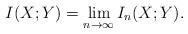
LaTeX: \begin{align*} I(X;Y) = \lim_{n\to \infty} I_n(X;Y).\end{align*}